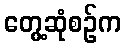
တွေ့ဆုံစဉ်က